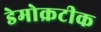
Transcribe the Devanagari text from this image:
डेमोक्रटीक